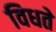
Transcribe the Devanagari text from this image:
विधते